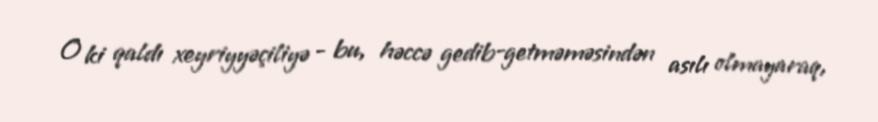
O ki qaldı xeyriyyəçiliyə - bu, həccə gedib-getməməsindən asılı olmayaraq,